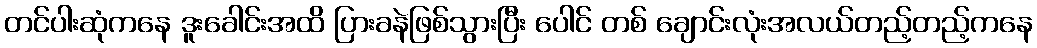
တင်ပါးဆုံကနေ ဒူးခေါင်းအထိ ပြားခနဲဖြစ်သွားပြီး ပေါင် တစ် ချောင်းလုံးအလယ်တည့်တည့်ကနေ